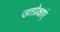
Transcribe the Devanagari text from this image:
उतप्रेक्षाएं